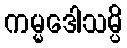
ကမ္မဒေါသမ္ပိ